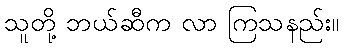
သူတို့ ဘယ်ဆီက လာ ကြသနည်း။